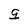
Character: g